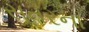
સૂતરના